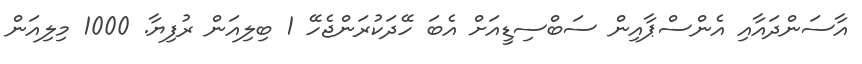
އާސަންދައާއި އެންސްޕާއިން ސަބްސިޑީއަށް އެބަ ހޭދަކުރަންޖެހޭ 1 ބިލިއަން ރުފިޔާ. 1000 މިލިއަން